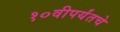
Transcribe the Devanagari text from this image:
१०वीपर्यंतचे